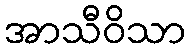
အာသီဝိသာ